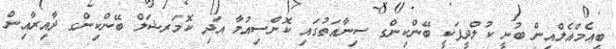
ބީއެމްއެލްއިން ބުނީ ކުލްދީޕަކީ ބޭންކިންގ ސިނާއަތުގައި ކޮންސިއުމާ އަދި ކޮމަރޝަލް ބޭންކިންގ ދާއިރާއިން